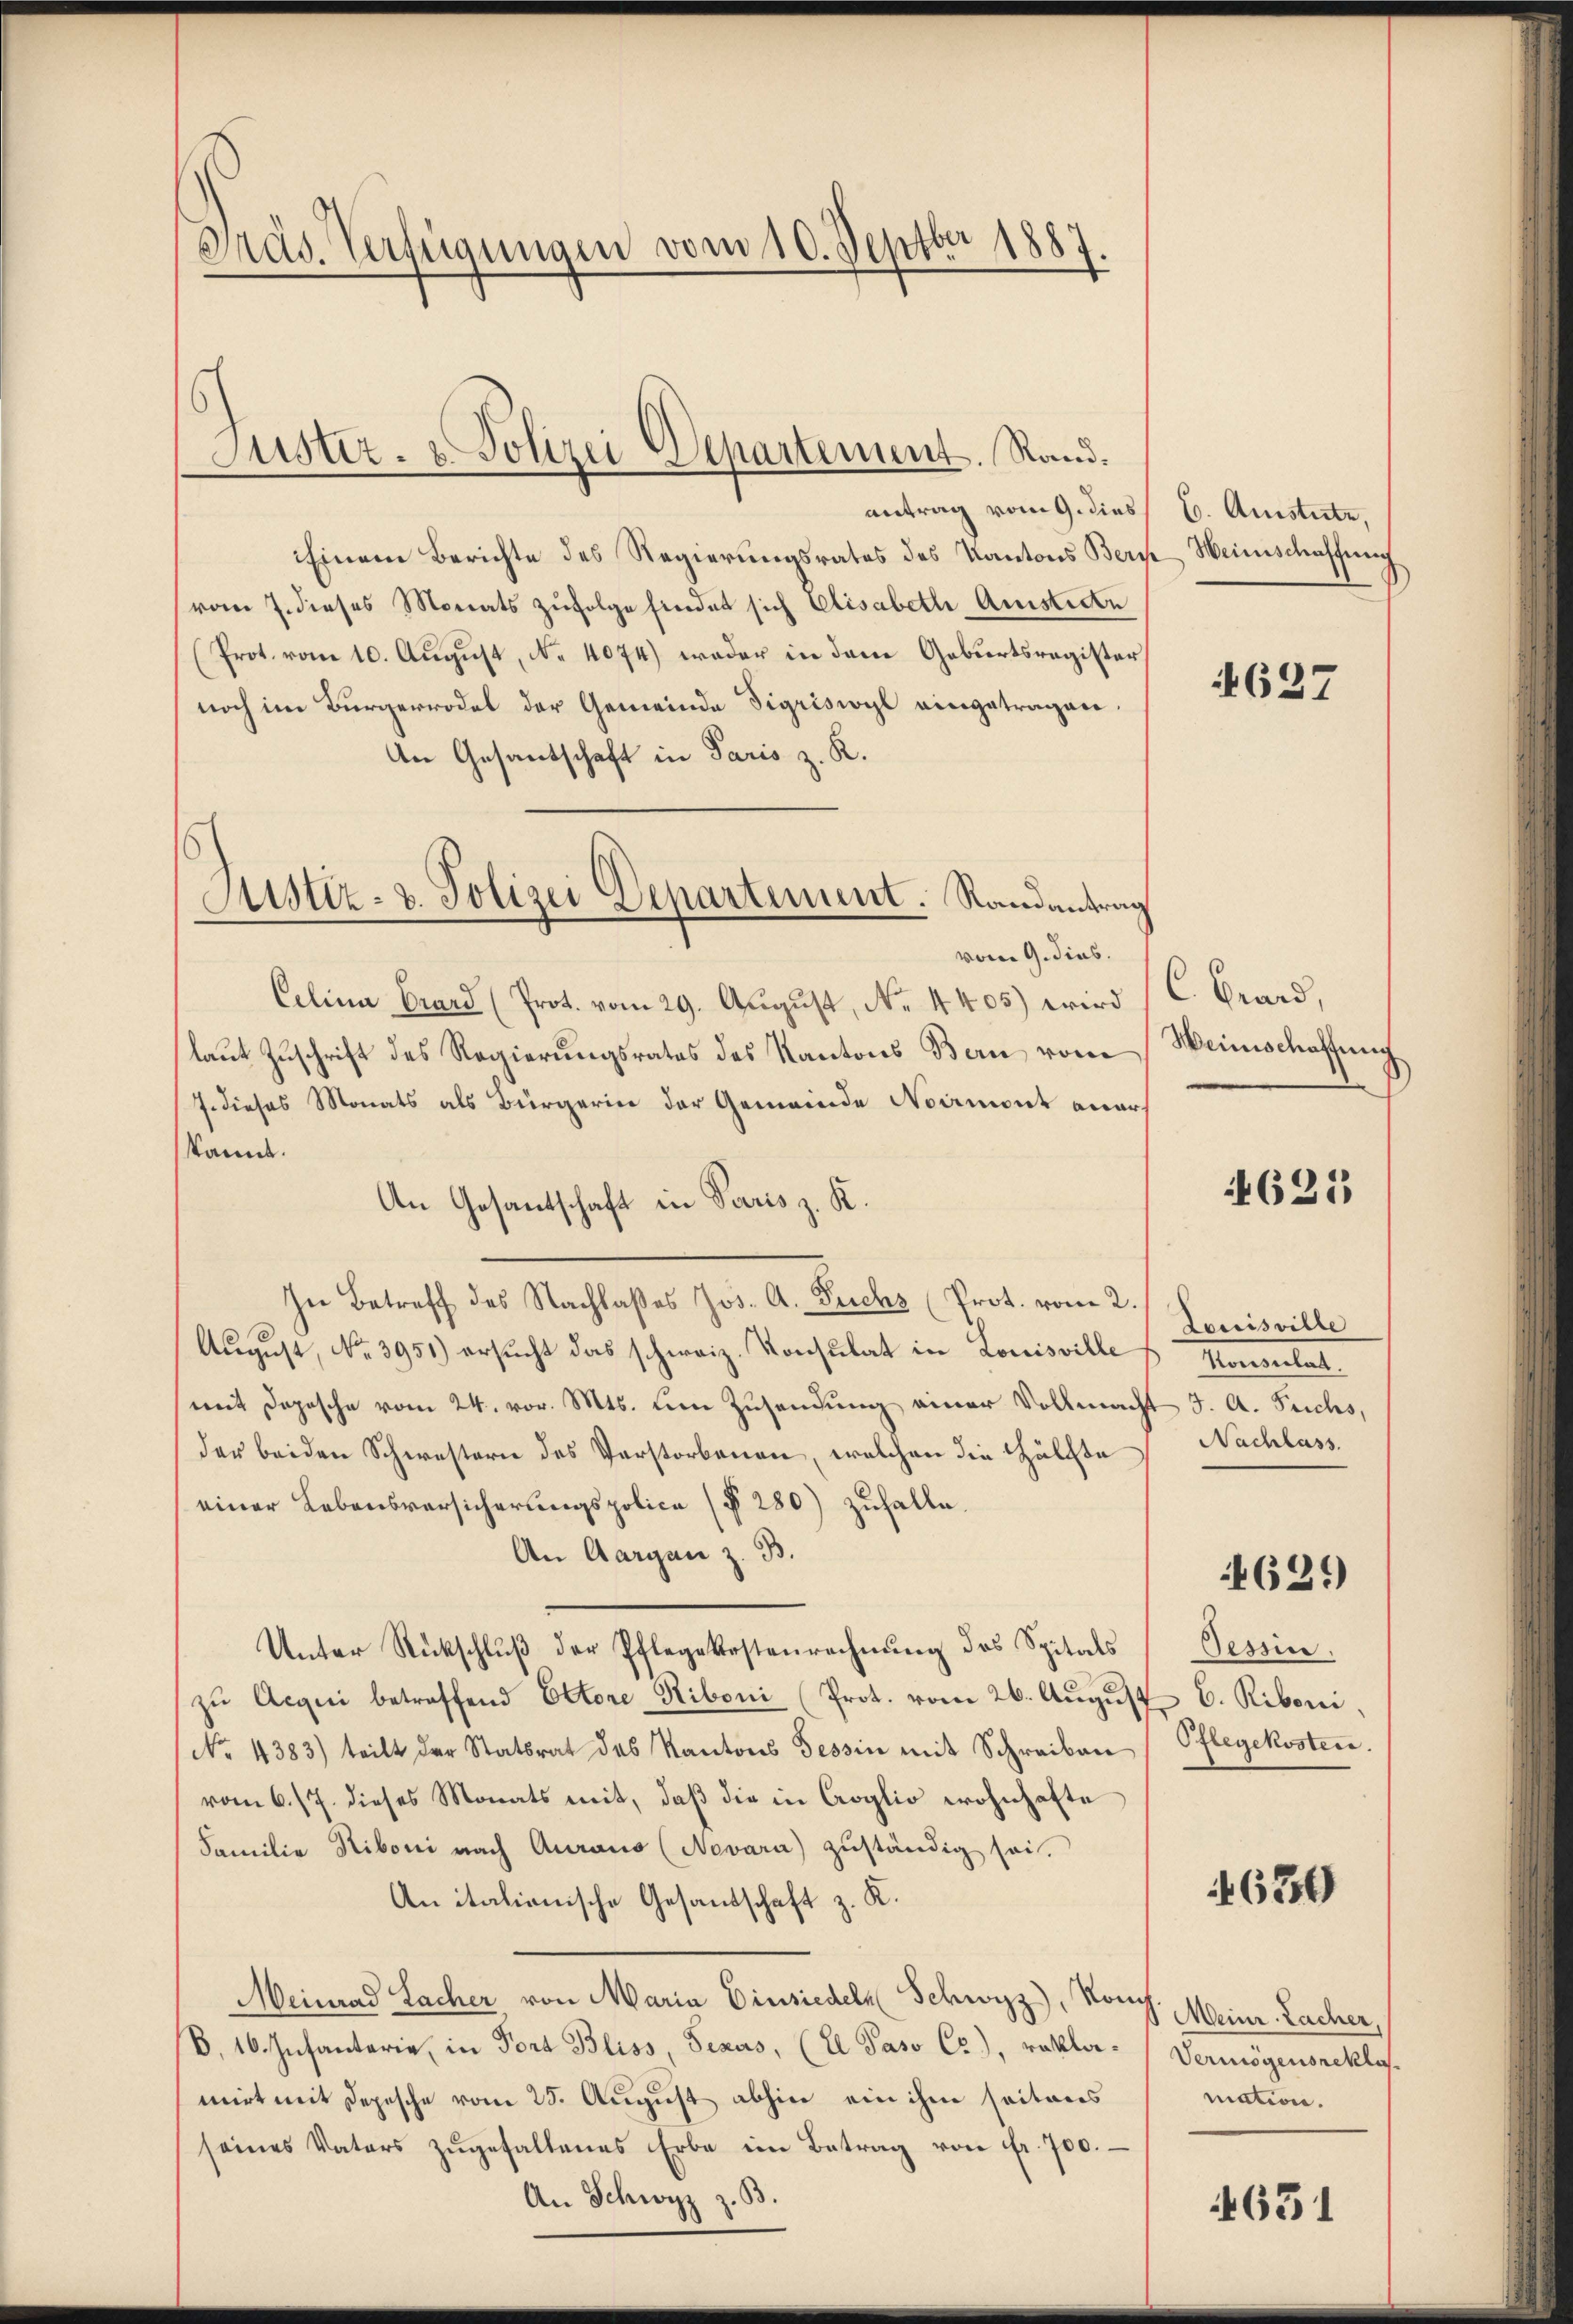
Präs. Verfügungen vom 10. Septbr 1887.

Justiz- & Polizei Departement. Rand.

antrag vom 9. dies
Einem Berichte des Regierungsrates des Kantons Bern Weinschaffung
vom 7. dieses Monats zufolge hierdet sich Elisabeth Amistirte
Prot. vom 10. August, N. 4074) weder in dem Geburtsregister
noch im Bürgerrodel der Gemeinde Sigriswyl eingetragen.
An Gesantschaft in Paris z. R.
vom 9. dies.
Celina Grard (Prot. vom 29. August, No. 4405) wird
laut Zuschrift des Regierungsrates des Kantons Bern vom
J. dieses Monats als Bürgerin der Gemeinde Normont aners
kannt.
An Gesantschaft in Paris z. K.
In Betreff des Nachlaßes Jos. A. Fuchs (Prot. vom 2.
August, No. 3951) ersucht das schweiz. Konsulat in Louisville
mit Depesche vom 24. vor. Mts. um Zusendung einer Vollmach
der beiden Schwestern des Verstorbenen, welchen die Hälfte
einer Lebensversicherungspolice (§ 280) zufalle.
An Aargau z. B.
Unter Rückschlŭβ der Pflegekostenrechnŭng des Spitals
zŭ Acqui betreffend Ettore Riboni (Prot. vom 26. Aŭgŭst 6. Riboni,
No. 4383) teilt der Stattrat des Kantons Tessin mit Schreiben
vom 6. 17. dieses Monats mit, daß die in Croglio wohnhafte
Familie Niboni nach Auraus (Nevara) zuständig sei.
An italionische Gesandschaft z. K.
Meinrad Lacher, von Maria Einsiedeln Schwyz), Kons. Meinr. Lacher,
B. 16. Infanterie, in Fort Bliss, Sexus, (E Paso Cr), rekla- Vermögensreklas.
mirt mit Depesche vom 25. August abhin ein ihm seitens
seines Vaters zŭgefallenes Erbe im Betrag von fr. 700.
An Schwyz z. B.
8

Justiz- & Polizei Departement. Randantrag

C. Amistete,

637

C. Grand,
Weinschaffung

4625

Louisville
Momentat
4 J. A. Fuchs,
Nachlass.

4621

Tessin.
Pflegekosten.

630

mation.

631